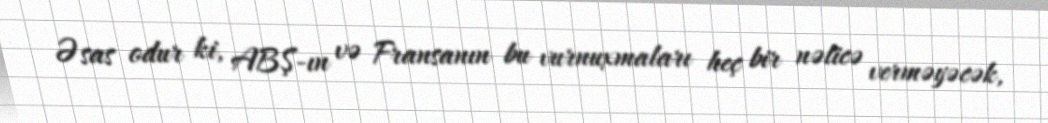
Əsas odur ki, ABŞ-ın və Fransanın bu vurnuxmaları heç bir nəticə verməyəcək,